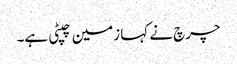
چرچ نے کہا زمین چپٹی ہے۔